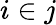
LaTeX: i\in j